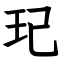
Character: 玘